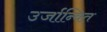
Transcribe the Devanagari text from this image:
उर्जान्वित